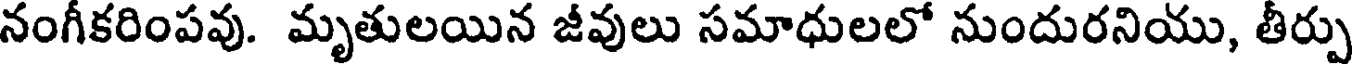
నంగీకరింపవు. మృతులయిన జీవులు సమాధులలో నుందురనియు, తీర్పు